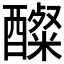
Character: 𮡋